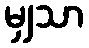
မျှသာ